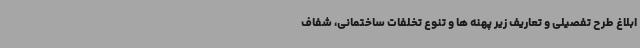
ابلاغ طرح تفصیلی و تعاریف زیر پهنه ها و تنوع تخلفات ساختمانی، شفاف